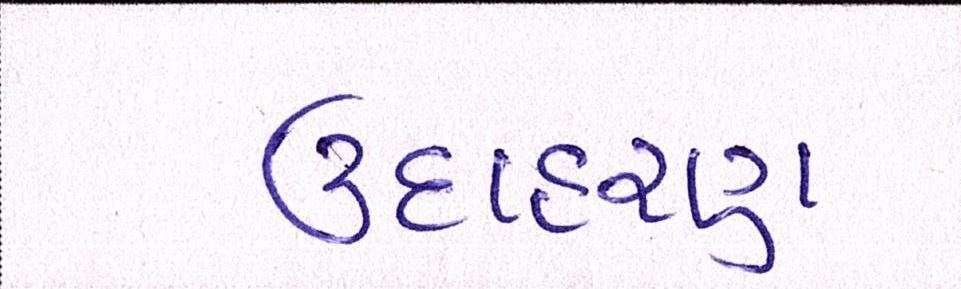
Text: ઉદાહરણ